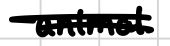
Text: animal
Cross-out: double-line
Writing tool: digital_black